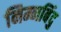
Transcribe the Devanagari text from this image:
निम्नबिंदु